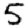
Digit: 5